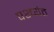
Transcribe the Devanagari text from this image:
पश्च्यंत